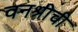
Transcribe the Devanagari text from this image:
वनश्रीची